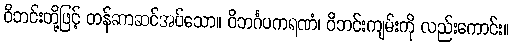
ဝိဘင်းတို့ဖြင့် တန်ဆာဆင်အပ်သော။ ဝိဘင်္ဂပကရဏံ၊ ဝိဘင်းကျမ်းကို လည်းကောင်း။